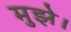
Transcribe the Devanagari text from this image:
मुझे।